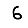
Digit: 6